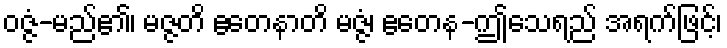
ဝဇ္ဇံ-မည်၏၊ မဇ္ဇတိ ဧတေနာတိ မဇ္ဇံ၊ ဧတေန-ဤသေရည် အရက်ဖြင့်၊